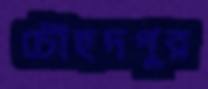
চৌহদপুর